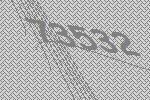
73532